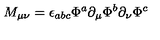
M _ { \mu \nu } = \epsilon _ { a b c } \Phi ^ { a } \partial _ { \mu } \Phi ^ { b } \partial _ { \nu } \Phi ^ { c }